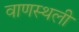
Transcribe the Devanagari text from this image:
वाणस्थली